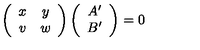
\left( \begin{array} { c c } { x } & { y } \\ { v } & { w } \\ \end{array} \right) \left( \begin{array} { c } { A ^ { \prime } } \\ { B ^ { \prime } } \\ \end{array} \right) = 0